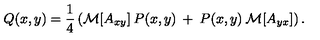
Q ( x , y ) = \frac { 1 } { 4 } \left( { \cal { M } } [ A _ { x y } ] \: P ( x , y ) \: + \: P ( x , y ) \: { \cal { M } } [ A _ { y x } ] \right) .